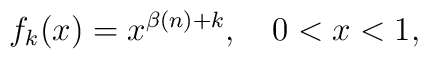
f_k(x) =  x^{\beta(n) + k}, \quad  0<x<1,